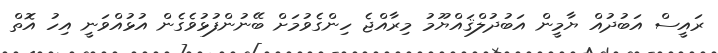
ރައީސް އަބުދުއް ޔާމީން އަބުދުލްޤައްޔޫމު މިރާއްޖެ ހިންގެވުމަށް ބޭނުންފުޅުވެެގެން އުޅުއްވަނީ އިހު އޮތް